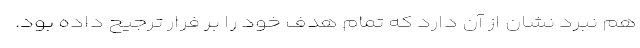
هم نبرد نشان از آن دارد که تمام هدف خود را بر فرار ترجیح داده بود.